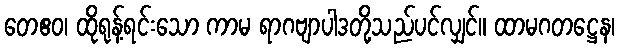
တေဧဝ၊ ထိုရုန့်ရင်းသော ကာမ ရာဂဗျာပါဒတို့သည်ပင်လျှင်။ ထာမဂတဋ္ဌေန၊